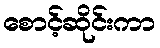
စောင့်ဆိုင်းကာ